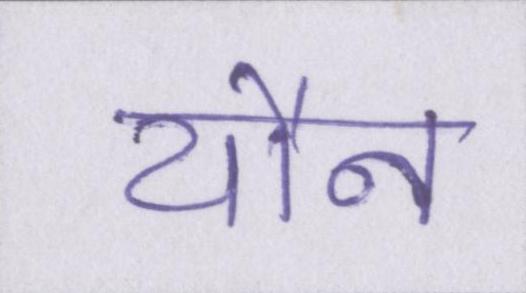
यौन